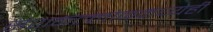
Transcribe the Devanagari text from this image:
संशकल्लोळमध्येही